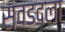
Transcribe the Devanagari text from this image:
सवडदला